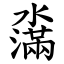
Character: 濷